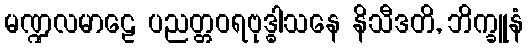
မဏ္ဍလမာဠေ ပညတ္တဝရဗုဒ္ဓါသနေ နိသီဒတိ, ဘိက္ခူနံ